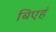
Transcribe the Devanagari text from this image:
बिएहं